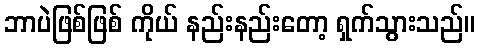
ဘာပဲဖြစ်ဖြစ် ကိုယ် နည်းနည်းတော့ ရှက်သွားသည်။